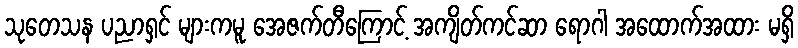
သုတေသန ပညာရှင် များကမူ အေဇက်တီကြောင့် အကျိတ်ကင်ဆာ ရောဂါ အထောက်အထား မရှိ